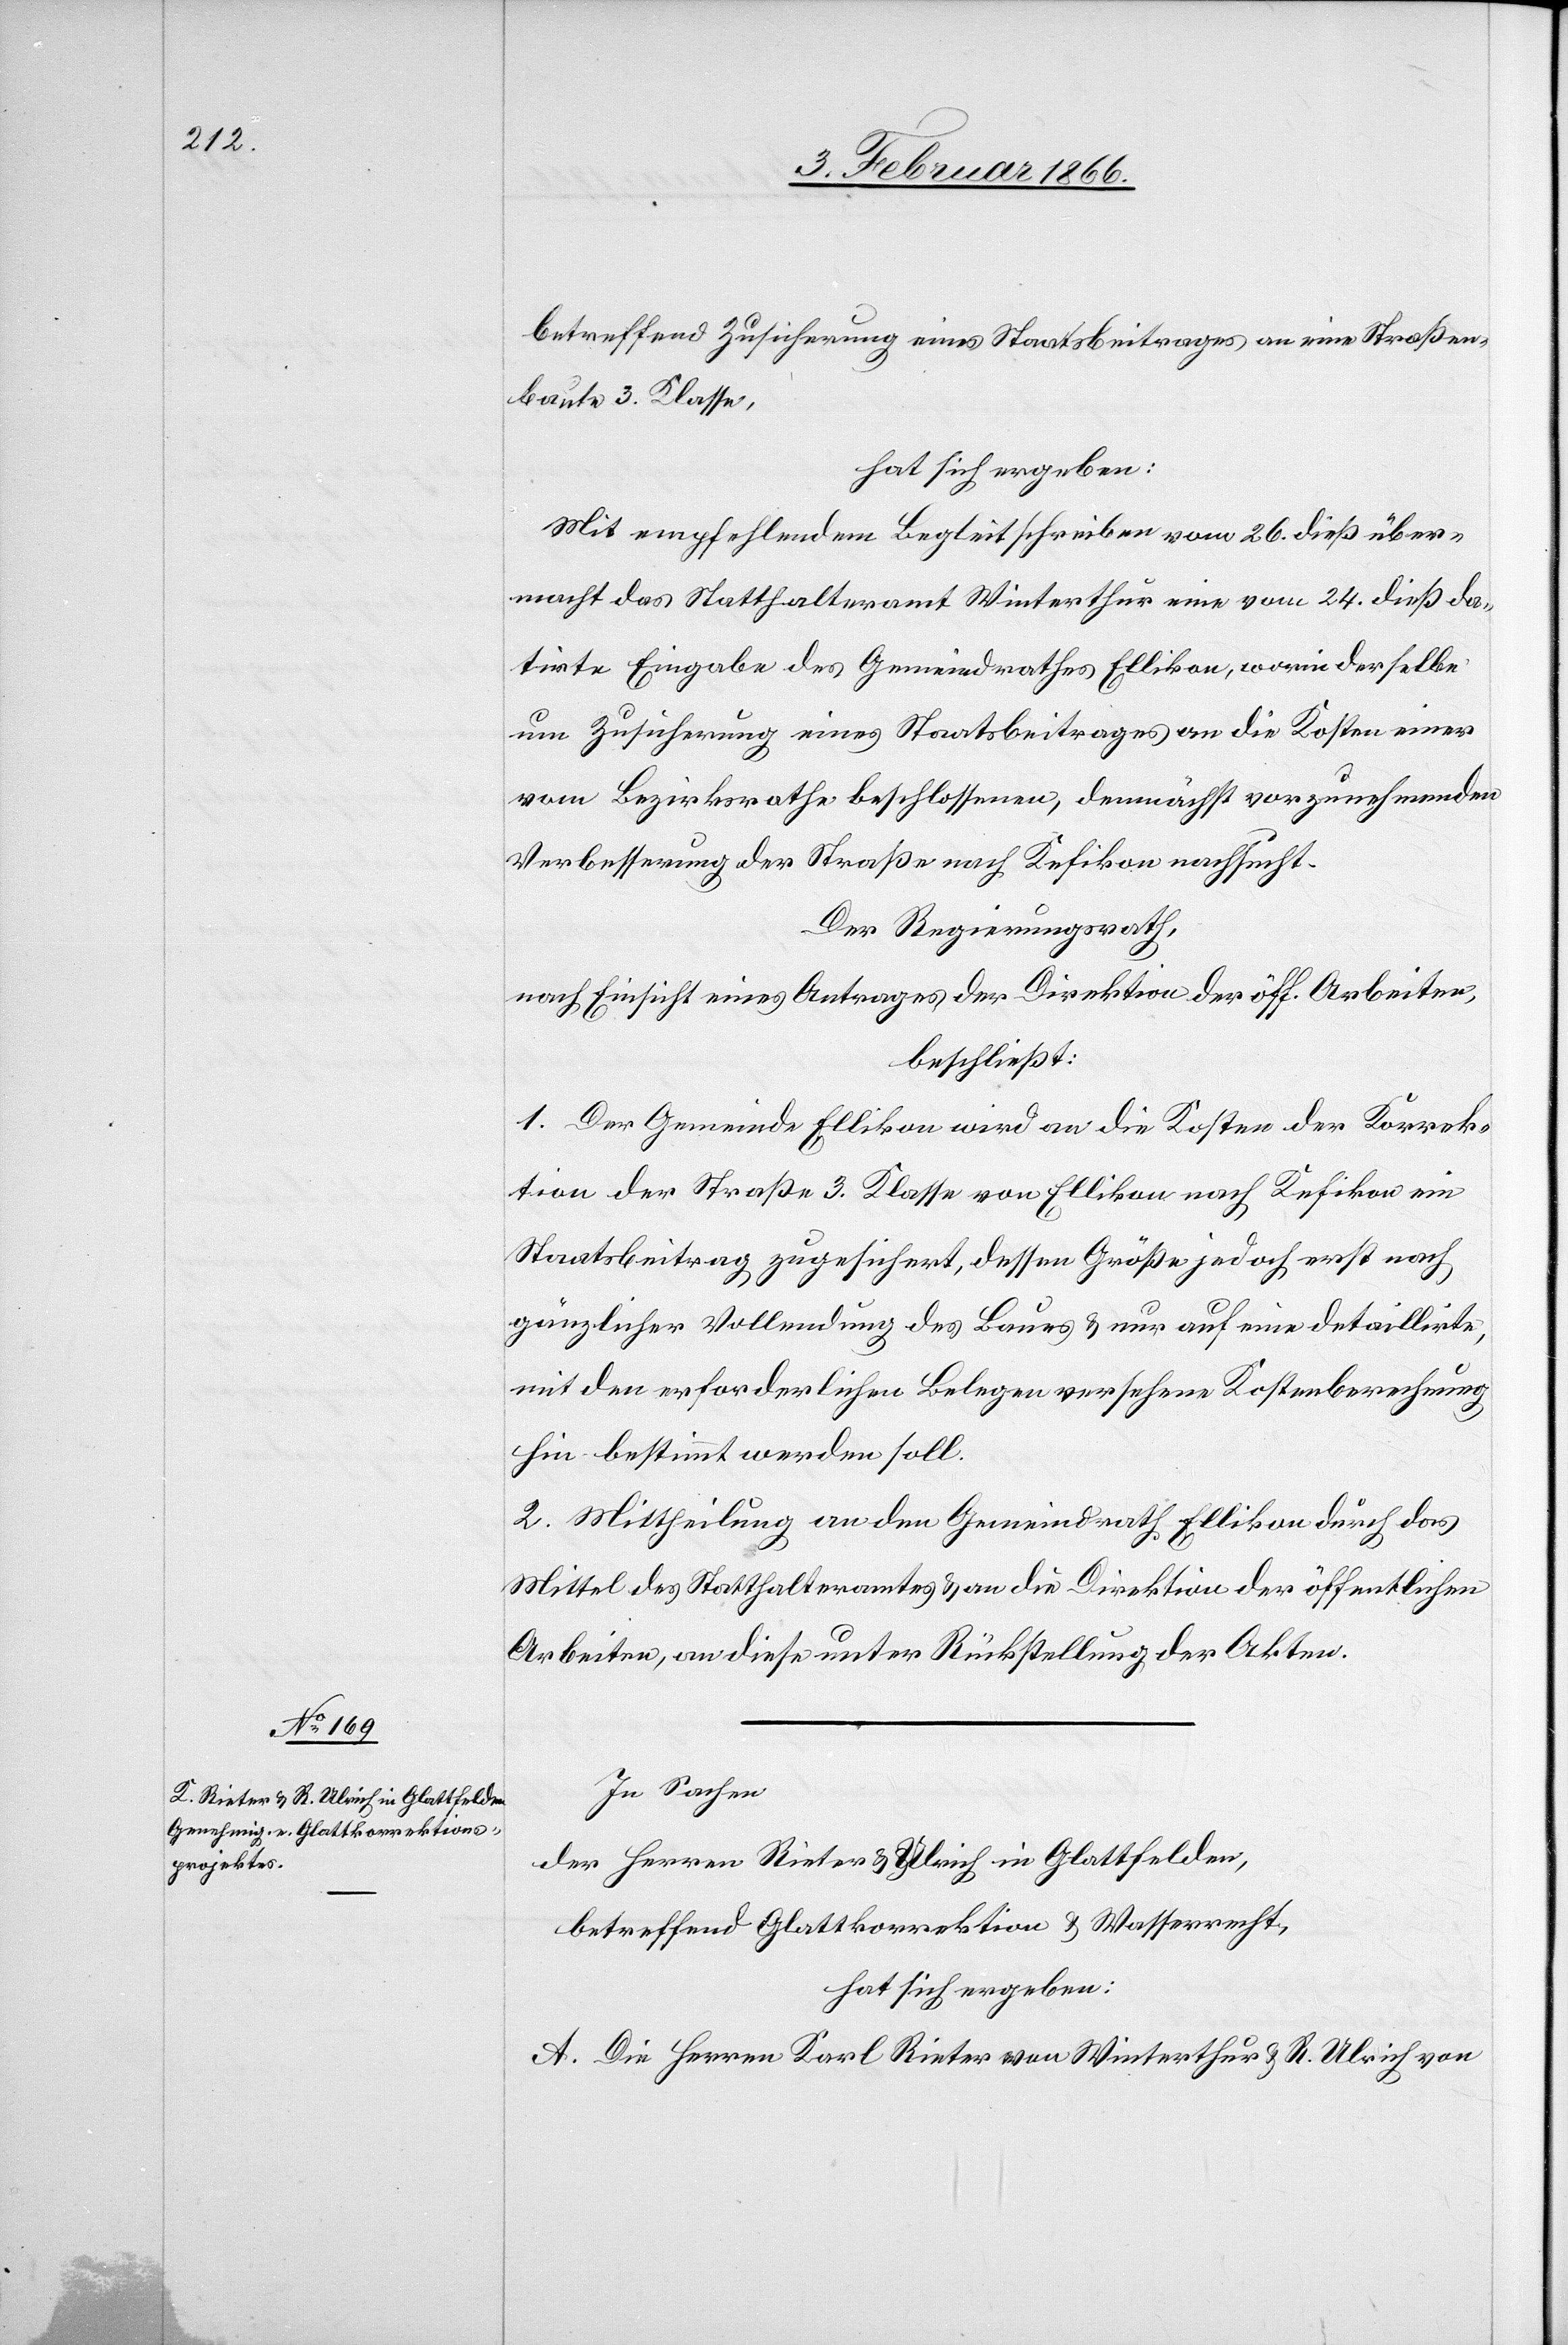
betreffend Zusicherung eines Staatsbeitrages an eine Straßen¬
baute 3. Klasse,
hat sich ergeben:
Mit empfehlendem Begleitschreiben vom 26. dieß über¬
macht das Statthalteramt Winterthur eine vom 24. dieß da¬
tirte Eingabe des Gemeindrathes Ellikon, worin derselbe
um Zusicherung eines Staatsbeitrages an die Kosten einer
vom Bezirksrathe beschlossenen, demnächst vorzunehmenden
Verbesserung der Straße nach Kefikon nachsucht.
Der Regierungsrath,
nach Einsicht eines Antrages der Direktion der öff. Arbeiten,
beschließt:
1. Der Gemeinde Ellikon wird an die Kosten der Korrek¬
tion der Straße 3. Klasse von Ellikon nach Kefikon ein
Staatsbeitrag zugesichert, dessen Größe jedoch erst nach
gänzlicher Vollendung des Baues u. nur auf eine detaillirte,
mit den erforderlichen Belegen versehene Kostenberechnung
hin bestimmt werden soll.
2. Mittheilung an den Gemeindrath Ellikon durch das
Mittel des Statthalteramtes u. an die Direktion der öffentlichen
Arbeiten, an diese unter Rückstellung der Akten.
In Sachen
der Herren Rieter & Ulrich in Glattfelden,
betreffend Glattkorrektion & Wasserrecht,
hat sich ergeben:
A. Die Herren Karl Rieter von Winterthur & R. Ulrich von